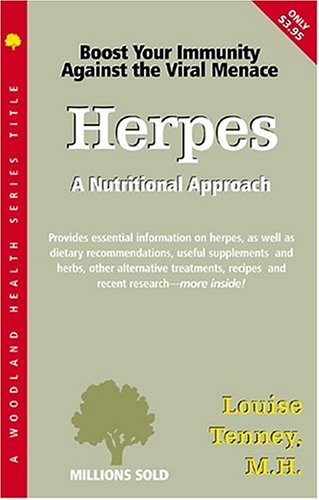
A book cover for Herpes: A Nutritional Approach (Woodland Health); Louise Tenney MH; Health, Fitness & Dieting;